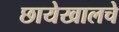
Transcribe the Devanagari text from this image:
छायेखालचे